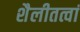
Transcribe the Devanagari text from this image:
शैलीतत्वां